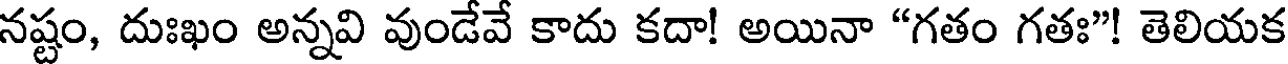
నష్టం, దుఃఖం అన్నవి వుండేవే కాదు కదా! అయినా "గతం గతః"! తెలియక